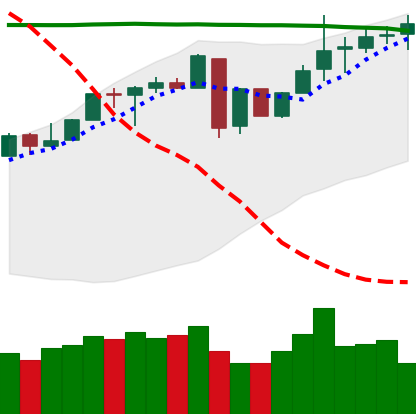
Ticker: LINK-USD
Chart end date: 2018-05-04
Forward return: -7.393%
Label: down_7plus